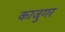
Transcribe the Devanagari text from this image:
काजुगर